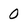
Character: 0